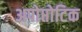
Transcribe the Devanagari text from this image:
अपोप्तोटिक